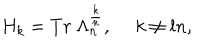
H _ { k } = T r { ~ } \Lambda _ { n } ^ { \frac { k } { n } } , { ~ } { ~ } k \neq l n ,